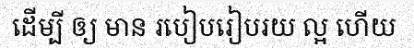
ដើម្បី ឲ្យ មាន របៀបរៀបរយ ល្អ ហើយ